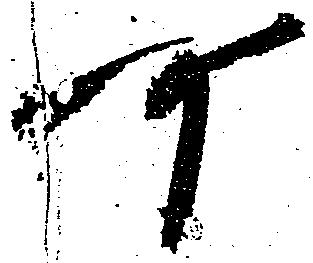
可